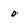
Character: 0